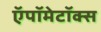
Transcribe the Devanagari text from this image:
ऍपॉमेटॉक्स